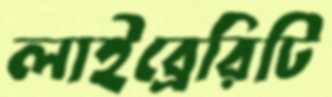
লাইব্রেরিটি